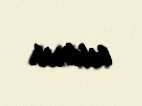
bildirib.